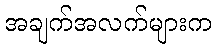
အချက်အလက်များက